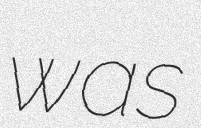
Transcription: was